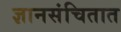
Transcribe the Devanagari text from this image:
ज्ञानसंचितात